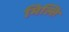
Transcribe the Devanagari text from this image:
मिल्ति